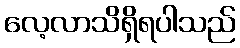
လေ့လာသိရှိရပါသည်